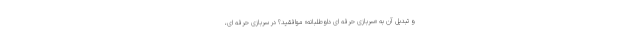
و تبدیل آن به «سربازی حرفه ای داوطلبانه» موافقید؟ در سربازی حرفه ای،